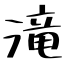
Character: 滝